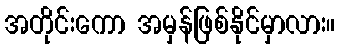
အတိုင်းကော အမှန်ဖြစ်နိုင်မှာလား။